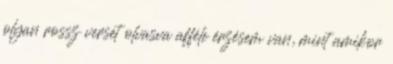
olyan rossz versét olvasva afféle érzésem van, mint amikor